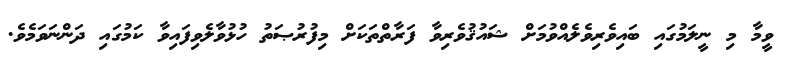
ވީމާ މި ނީލަމުގައި ބައިވެރިވެލެއްވުމަށް ޝައުޤުވެރިވާ ފަރާތްތަކަށް މިފުރުޞަތު ހުޅުވާލެވިފައިވާ ކަމުގައި ދަންނަވަމެވެ.